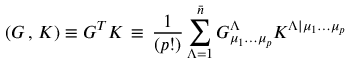
\left( G \, , \, K \right) \equiv G ^ { T } K \, \equiv \, { \frac { 1 } { ( p ! ) } } \sum _ { \Lambda = 1 } ^ { \bar { n } } G _ { \mu _ { 1 } \dots \mu _ { p } } ^ { \Lambda } K ^ { \Lambda \vert \mu _ { 1 } \dots \mu _ { p } }